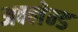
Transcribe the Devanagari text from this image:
अक्लेम्ड